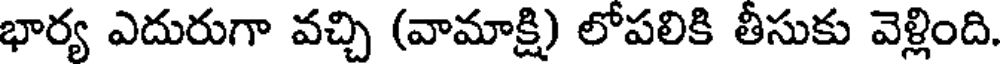
భార్య ఎదురుగా వచ్చి (వామాక్షి) లోపలికి తీసుకు వెళ్లింది.